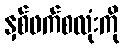
နှစ်ဖက်စလုံးကို